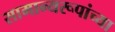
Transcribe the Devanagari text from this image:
सामान्यरूपांच्या